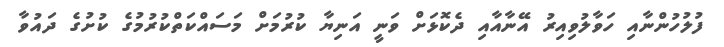
ފުލުހުންނާއި ހަވާލުވިއިރު އޭނާއާއި ދެކޮޅަށް ވަނީ އަނިޔާ ކުރުމަށް މަސައްކަތްކުރުމުގެ ކުށުގެ ދައުވާ